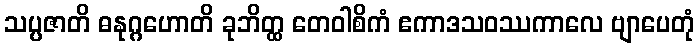
သပ္ပဇာတိ ဓနုဂ္ဂဟောတိ ခုဘိတ္ထ တေဝါစိကံ ဧကာဒသဝဿကာလေ ဗျာပေတုံ